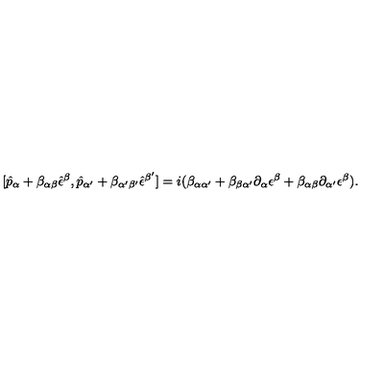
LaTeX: [ \hat { p } _ { \alpha } + \beta _ { \alpha \beta } \hat { \epsilon } ^ { \beta } , \hat { p } _ { \alpha ^ { \prime } } + \beta _ { \alpha ^ { \prime } \beta ^ { \prime } } \hat { \epsilon } ^ { \beta ^ { \prime } } ] = i ( \beta _ { \alpha \alpha ^ { \prime } } + \beta _ { \beta \alpha ^ { \prime } } \partial _ { \alpha } \epsilon ^ { \beta } + \beta _ { \alpha \beta } \partial _ { \alpha ^ { \prime } } \epsilon ^ { \beta } ) .